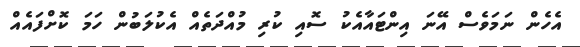
އެހެން ނަމަވެސް އޭނަ އިންޓައާއެކު ސޮއި ކުރި މުއްދަތެއް އެކުލަބުން ހަމަ ކޮށްފައެއް